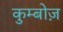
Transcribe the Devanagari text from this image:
कुम्बोज़